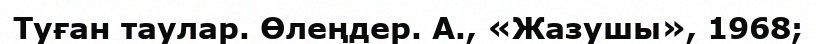
Туған таулар. Өлеңдер. А., «Жазушы», 1968;